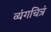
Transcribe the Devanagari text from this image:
व्यंगचित्रं